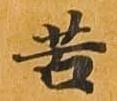
苦